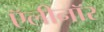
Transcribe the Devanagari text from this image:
ऍलीनॉर